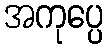
အကုပ္ပေ